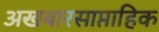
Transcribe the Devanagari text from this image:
अखबारसाप्ताहिक